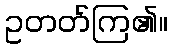
ဥတတ်ကြ၏။